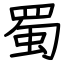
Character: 蜀